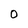
Character: 0